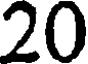
20